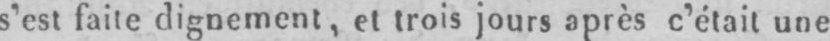
s’est faite dignement, et trois jours après c’était une